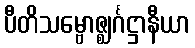
ပီတိသမ္ဗောဇ္ဈင်္ဂဋ္ဌာနီယာ